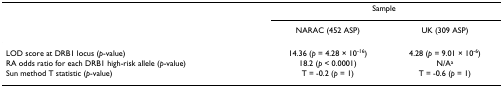
<table><thead><tr><td></td><td colspan="2"><b>Sample</b></td></tr><tr><td></td><td><b>NARAC (452 ASP)</b></td><td><b>UK (309 ASP)</b></td></tr></thead><tbody><tr><td>LOD score at DRB1 locus (<i>p</i>-value)</td><td>14.36 (<i>p </i>= 4.28 × 10<sup>-16</sup>)</td><td>4.28 (<i>p </i>= 9.01 × 10<sup>-6</sup>)</td></tr><tr><td>RA odds ratio for each DRB1 high-risk allele (<i>p</i>-value)</td><td>18.2 (<i>p </i>&lt; 0.0001)</td><td>N/A<sup>a</sup></td></tr><tr><td>Sun method T statistic (<i>p</i>-value)</td><td>T = -0.2 (<i>p </i>= 1)</td><td>T = -0.6 (<i>p </i>= 1)</td></tr></tbody></table>